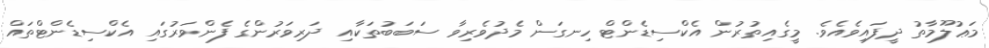
މަޢުލޫމާތު ދީފައިވެއެވެ. މީގެއިތުރުން އެކްސިޑެންޓް ހިނގަން މެދުވެރިވާ ސަބަބުތަކާއި ދަރިވަރުންގެ ފެންވަރުގައި އެކްސިޑެންޓްތައް